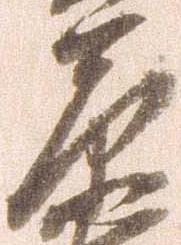
原